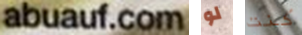
abuauf.com لو كنت